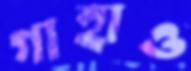
গাহাও